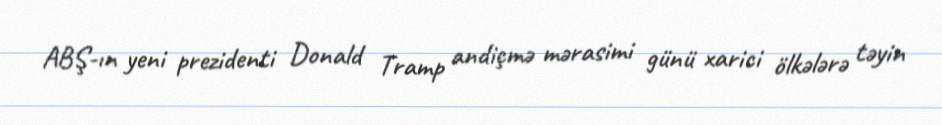
ABŞ-ın yeni prezidenti Donald Tramp andiçmə mərasimi günü xarici ölkələrə təyin